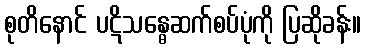
စုတိနောင် ပဋိသန္ဓေဆက်စပ်ပုံကို ပြဆိုခန်း။